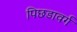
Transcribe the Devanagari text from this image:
पिछडावर्ग